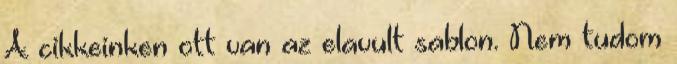
A cikkeinken ott van az elavult sablon. Nem tudom